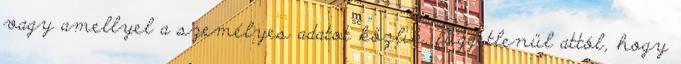
vagy amellyel a személyes adatot közlik, függetlenül attól, hogy